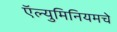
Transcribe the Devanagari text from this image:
ऍल्युमिनियमचे